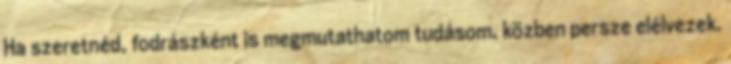
Ha szeretnéd, fodrászként is megmutathatom tudásom, közben persze elélvezek.